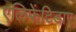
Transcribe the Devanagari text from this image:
एलिफेंटिडाए